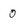
Character: 0